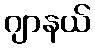
ဂျာနယ်